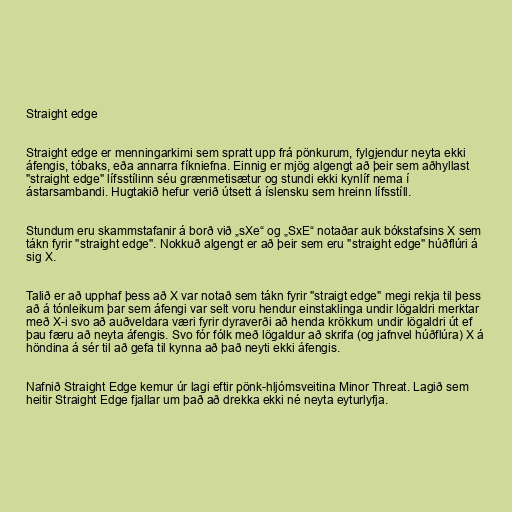
Straight edge

Straight edge er menningarkimi sem spratt upp frá pönkurum, fylgjendur neyta ekki
áfengis, tóbaks, eða annarra fíkniefna. Einnig er mjög algengt að þeir sem aðhyllast
"straight edge" lífsstílinn séu grænmetisætur og stundi ekki kynlíf nema í
ástarsambandi. Hugtakið hefur verið útsett á íslensku sem hreinn lífsstíll.

Stundum eru skammstafanir á borð við „sXe“ og „SxE“ notaðar auk bókstafsins X sem
tákn fyrir "straight edge". Nokkuð algengt er að þeir sem eru "straight edge" húðflúri á
sig X.

Talið er að upphaf þess að X var notað sem tákn fyrir "straigt edge" megi rekja til þess
að á tónleikum þar sem áfengi var selt voru hendur einstaklinga undir lögaldri merktar
með X-i svo að auðveldara væri fyrir dyraverði að henda krökkum undir lögaldri út ef
þau færu að neyta áfengis. Svo fór fólk með lögaldur að skrifa (og jafnvel húðflúra) X á
höndina á sér til að gefa til kynna að það neyti ekki áfengis.

Nafnið Straight Edge kemur úr lagi eftir pönk-hljómsveitina Minor Threat. Lagið sem
heitir Straight Edge fjallar um það að drekka ekki né neyta eyturlyfja.